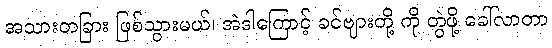
အသားတခြား ဖြစ်သွားမယ်၊ အဲဒါကြောင့် ခင်ဗျားတို့ ကို တွဲဖို့ ခေါ်လာတာ